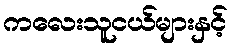
ကလေးသူငယ်များနှင့်